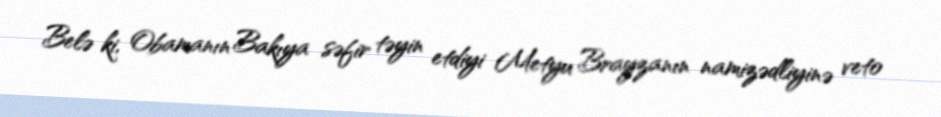
Belə ki, Obamanın Bakıya səfir təyin etdiyi Metyu Brayzanın namizədliyinə veto